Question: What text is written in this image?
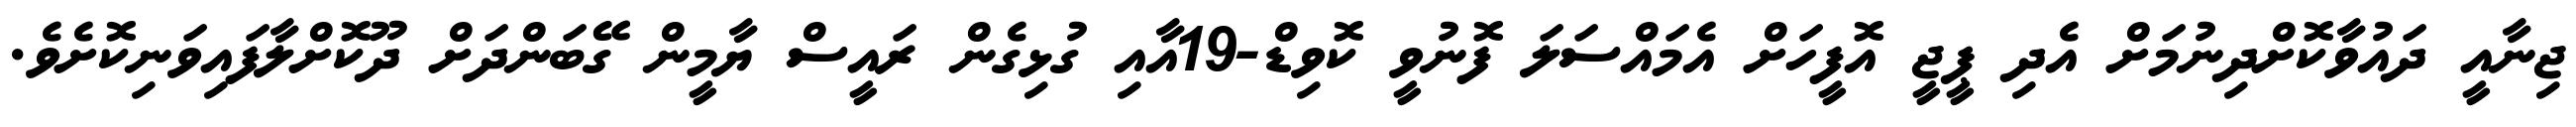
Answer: ޖިނާއީ ދައުވާކޮށްދިނުމަށް އެދި ޕީޖީ އޮފީހަށް އެމައްސަލަ ފޮނުވީ ކޮވިޑް-19އާއި ގުޅިގެން ރައީސް ޔާމީން ގޭބަންދަށް ދޫކޮށްލާފައިވަނިކޮށެވެ.